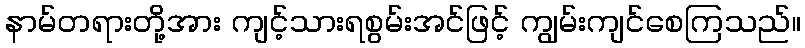
နာမ်တရားတို့အား ကျင့်သားရစွမ်းအင်ဖြင့် ကျွမ်းကျင်စေကြသည်။